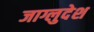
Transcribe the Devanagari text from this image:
जाग्लुदेश